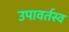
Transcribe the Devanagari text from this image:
उपावर्तस्व